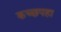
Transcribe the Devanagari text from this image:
कच्छपहा